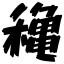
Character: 穐